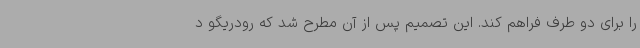
را برای دو طرف فراهم کند. این تصمیم پس از آن مطرح شد که رودریگو د